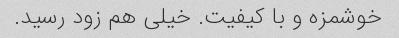
خوشمزه و با کیفیت. خیلی هم زود رسید.